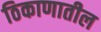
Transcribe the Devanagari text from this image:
ठिकाणातील